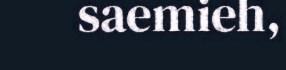
saemieh,